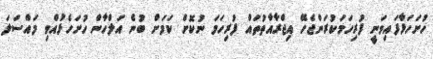
ހުށަހަޅާފައިވަނީ ފުރިހަމަކުރަންޖެހޭ އިޖްރާއާތުތައް ފުރިހަމަ ނުކޮށް ކަމަށް ބުނެ އަލްހާން ހުށަހެޅުއްވި މައްސަލަ